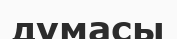
думасы